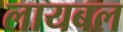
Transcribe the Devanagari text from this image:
लायबल